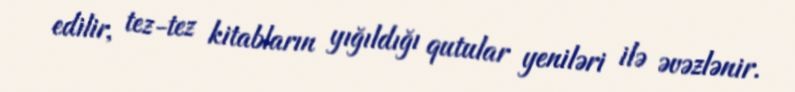
edilir, tez-tez kitabların yığıldığı qutular yeniləri ilə əvəzlənir.